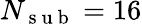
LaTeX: N_{\mathrm{~s~u~b~}}=16